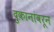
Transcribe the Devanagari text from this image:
दुकानांवरून